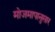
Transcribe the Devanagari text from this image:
मोजमापानुसार